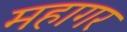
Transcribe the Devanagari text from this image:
महागर